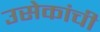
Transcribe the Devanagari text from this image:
उसेकांची